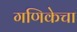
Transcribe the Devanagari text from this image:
गणिकेचा